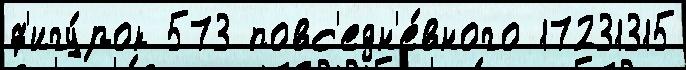
ф'игу́рок 573 повс'едн'е́вного 17231315